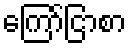
ကြော်ငြာစာ